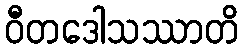
ဝီတဒေါသဿာတိ